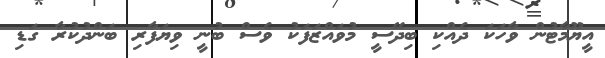
އީޔޫމާޓުން ވާހަކަ ދެއްކި ބިދޭސީ މުވައްޒަފަކު ވެސް ބުނީ ވިޔަފާރި ބަންދުކުރާ ގަޑި